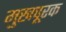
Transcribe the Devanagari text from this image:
मुखपूरक